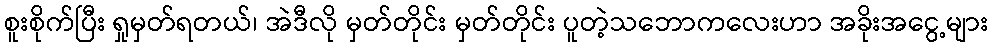
စူးစိုက်ပြီး ရှုမှတ်ရတယ်၊ အဲဒီလို မှတ်တိုင်း မှတ်တိုင်း ပူတဲ့သဘောကလေးဟာ အခိုးအငွေ့များ